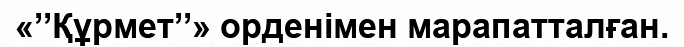
«’’Құрмет’’» орденімен марапатталған.